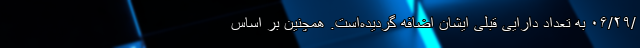
/۰۶/۲۹ به تعداد دارایی قبلی ایشان اضافه گردیده‌است. همچنین بر اساس